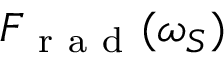
F _ { \mathrm { ~ r ~ a ~ d ~ } } ( \omega _ { S } )